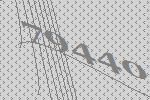
79440